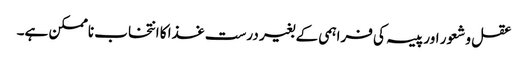
عقل و شعور اور پیسہ کی فراہمی کے بغیر درست غذا کا انتخاب ناممکن ہے۔